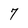
Character: 7